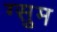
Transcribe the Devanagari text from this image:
ग्सुम